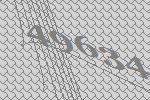
49634